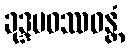
ခုဒ္ဒမဝဿဝန္တံ